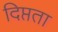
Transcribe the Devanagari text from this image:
दिप्तता